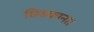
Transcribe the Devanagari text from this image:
छिड़काना।